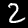
Digit: 2